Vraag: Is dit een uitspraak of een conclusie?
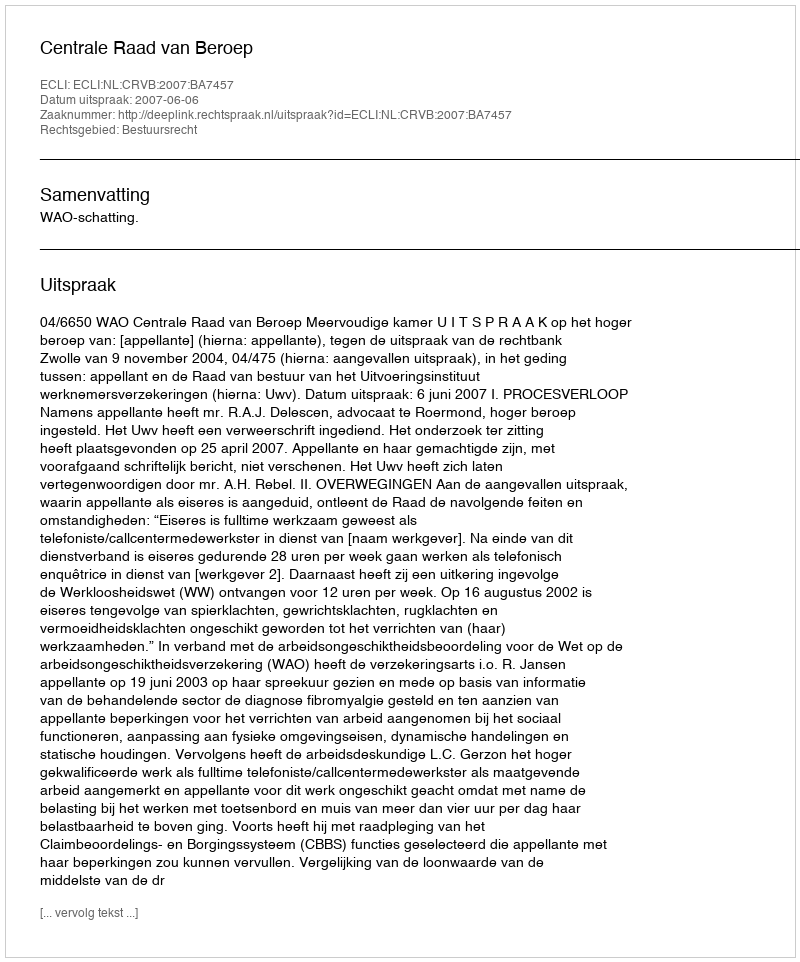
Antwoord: Uitspraak